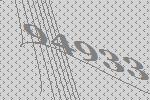
94933